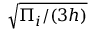
\sqrt { \Pi _ { i } / ( 3 h ) }